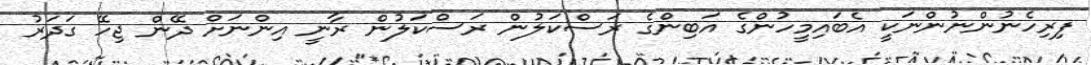
ފިރިހެނުންނުންނަކީ އެބައިމީހުންގެ އަބިންގެ ރަސްކަލުން ރަސްކަލުން ރާނީ އިންނަށް ދޭން ޖިހޭ ގަދަރު